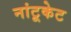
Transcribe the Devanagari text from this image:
नांटूकेट